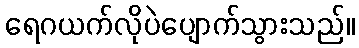
ရေဂယက်လိုပဲပျောက်သွားသည်။